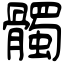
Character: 髑